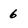
Character: 6